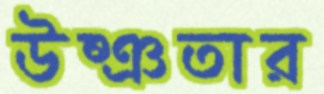
উষ্ঞতার